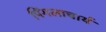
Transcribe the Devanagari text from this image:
पिंगलाचार्य